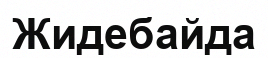
Жидебайда